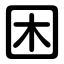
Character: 困